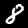
Digit: 8